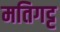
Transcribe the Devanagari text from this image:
मतिगट्ट